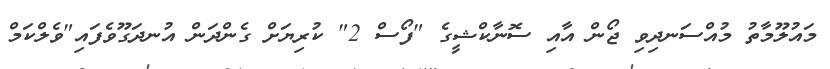
މައުލޫމާތު މުއްސަނދިވި ޖޯން އާއި ސޮނާކްޝީގެ "ފޯސް 2" ކުރިޔަށް ގެންދަން އުނދަގޫވެފައި"ވެލްކަމް